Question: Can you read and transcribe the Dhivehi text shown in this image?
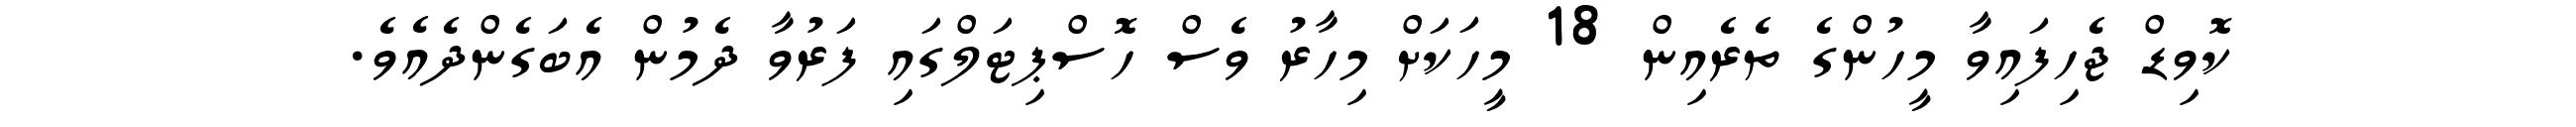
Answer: ކޮވިޑް ޖެހިފައިވާ މީހުންގެ ތެރެއިން 18 މީހަކަށް މިހާރު ވެސް ހޮސްޕިޓަލްގައި ފަރުވާ ދެމުން އެބަގެންދެއެވެ.